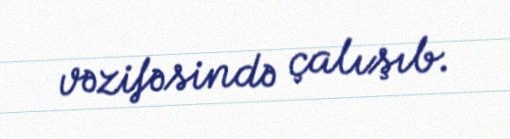
vəzifəsində çalışıb.